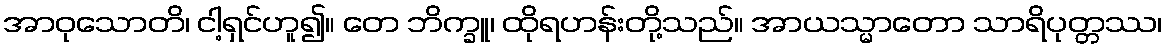
အာဝုသောတိ၊ ငါ့ရှင်ဟူ၍။ တေ ဘိက္ခူ၊ ထိုရဟန်းတို့သည်။ အာယသ္မာတော သာရိပုတ္တဿ၊